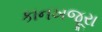
કાનખજૂરા